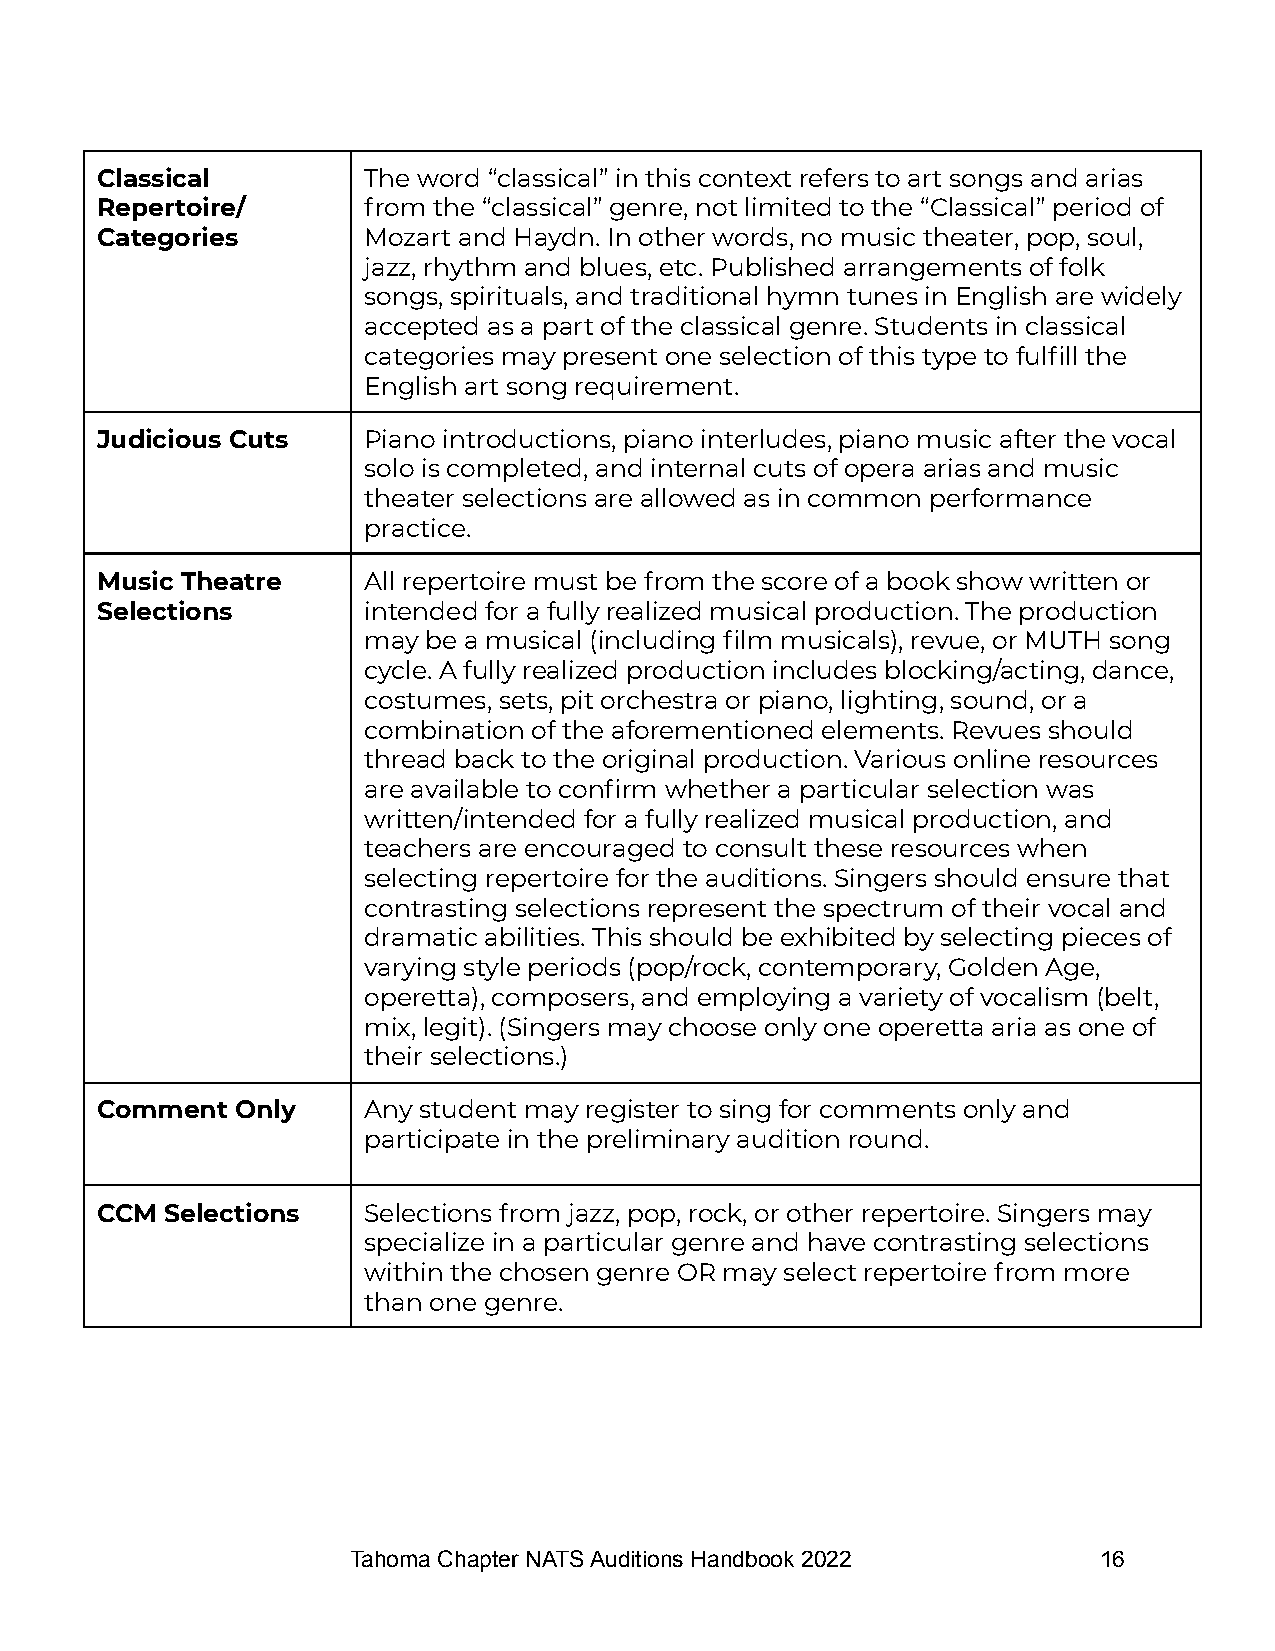
Classical         The word “classical” in this context refers to art songs and arias
 Repertoire/       from the “classical” genre, not limited to the “Classical” period of
 Categories        Mozart and Haydn. In other words, no music theater, pop, soul,
 jazz, rhythm and blues, etc. Published arrangements of folk
 songs, spirituals, and traditional hymn tunes in English are widely
 accepted as a part of the classical genre. Students in classical
 categories may present one selection of this type to fulfill the
 English art song requirement.
 Judicious Cuts    Piano introductions, piano interludes, piano music after the vocal
 solo is completed, and internal cuts of opera arias and music
 theater selections are allowed as in common performance
 practice.
 Music Theatre     All repertoire must be from the score of a book show written or
 Selections        intended for a fully realized musical production. The production
 may be a musical (including film musicals), revue, or MUTH song
 cycle. A fully realized production includes blocking/acting, dance,
 costumes, sets, pit orchestra or piano, lighting, sound, or a
 combination of the aforementioned elements. Revues should
 thread back to the original production. Various online resources
 are available to confirm whether a particular selection was
 written/intended for a fully realized musical production, and
 teachers are encouraged to consult these resources when
 selecting repertoire for the auditions. Singers should ensure that
 contrasting selections represent the spectrum of their vocal and
 dramatic abilities. This should be exhibited by selecting pieces of
 varying style periods (pop/rock, contemporary, Golden Age,
 operetta), composers, and employing a variety of vocalism (belt,
 mix, legit). (Singers may choose only one operetta aria as one of
 their selections.)
 Comment   Only    Any student may register to sing for comments only and
 participate in the preliminary audition round.
 CCM  Selections   Selections from jazz, pop, rock, or other repertoire. Singers may
 specialize in a particular genre and have contrasting selections
 within the chosen genre OR may select repertoire from more
 than one genre.
 Tahoma Chapter NATS Auditions Handbook 2022       16